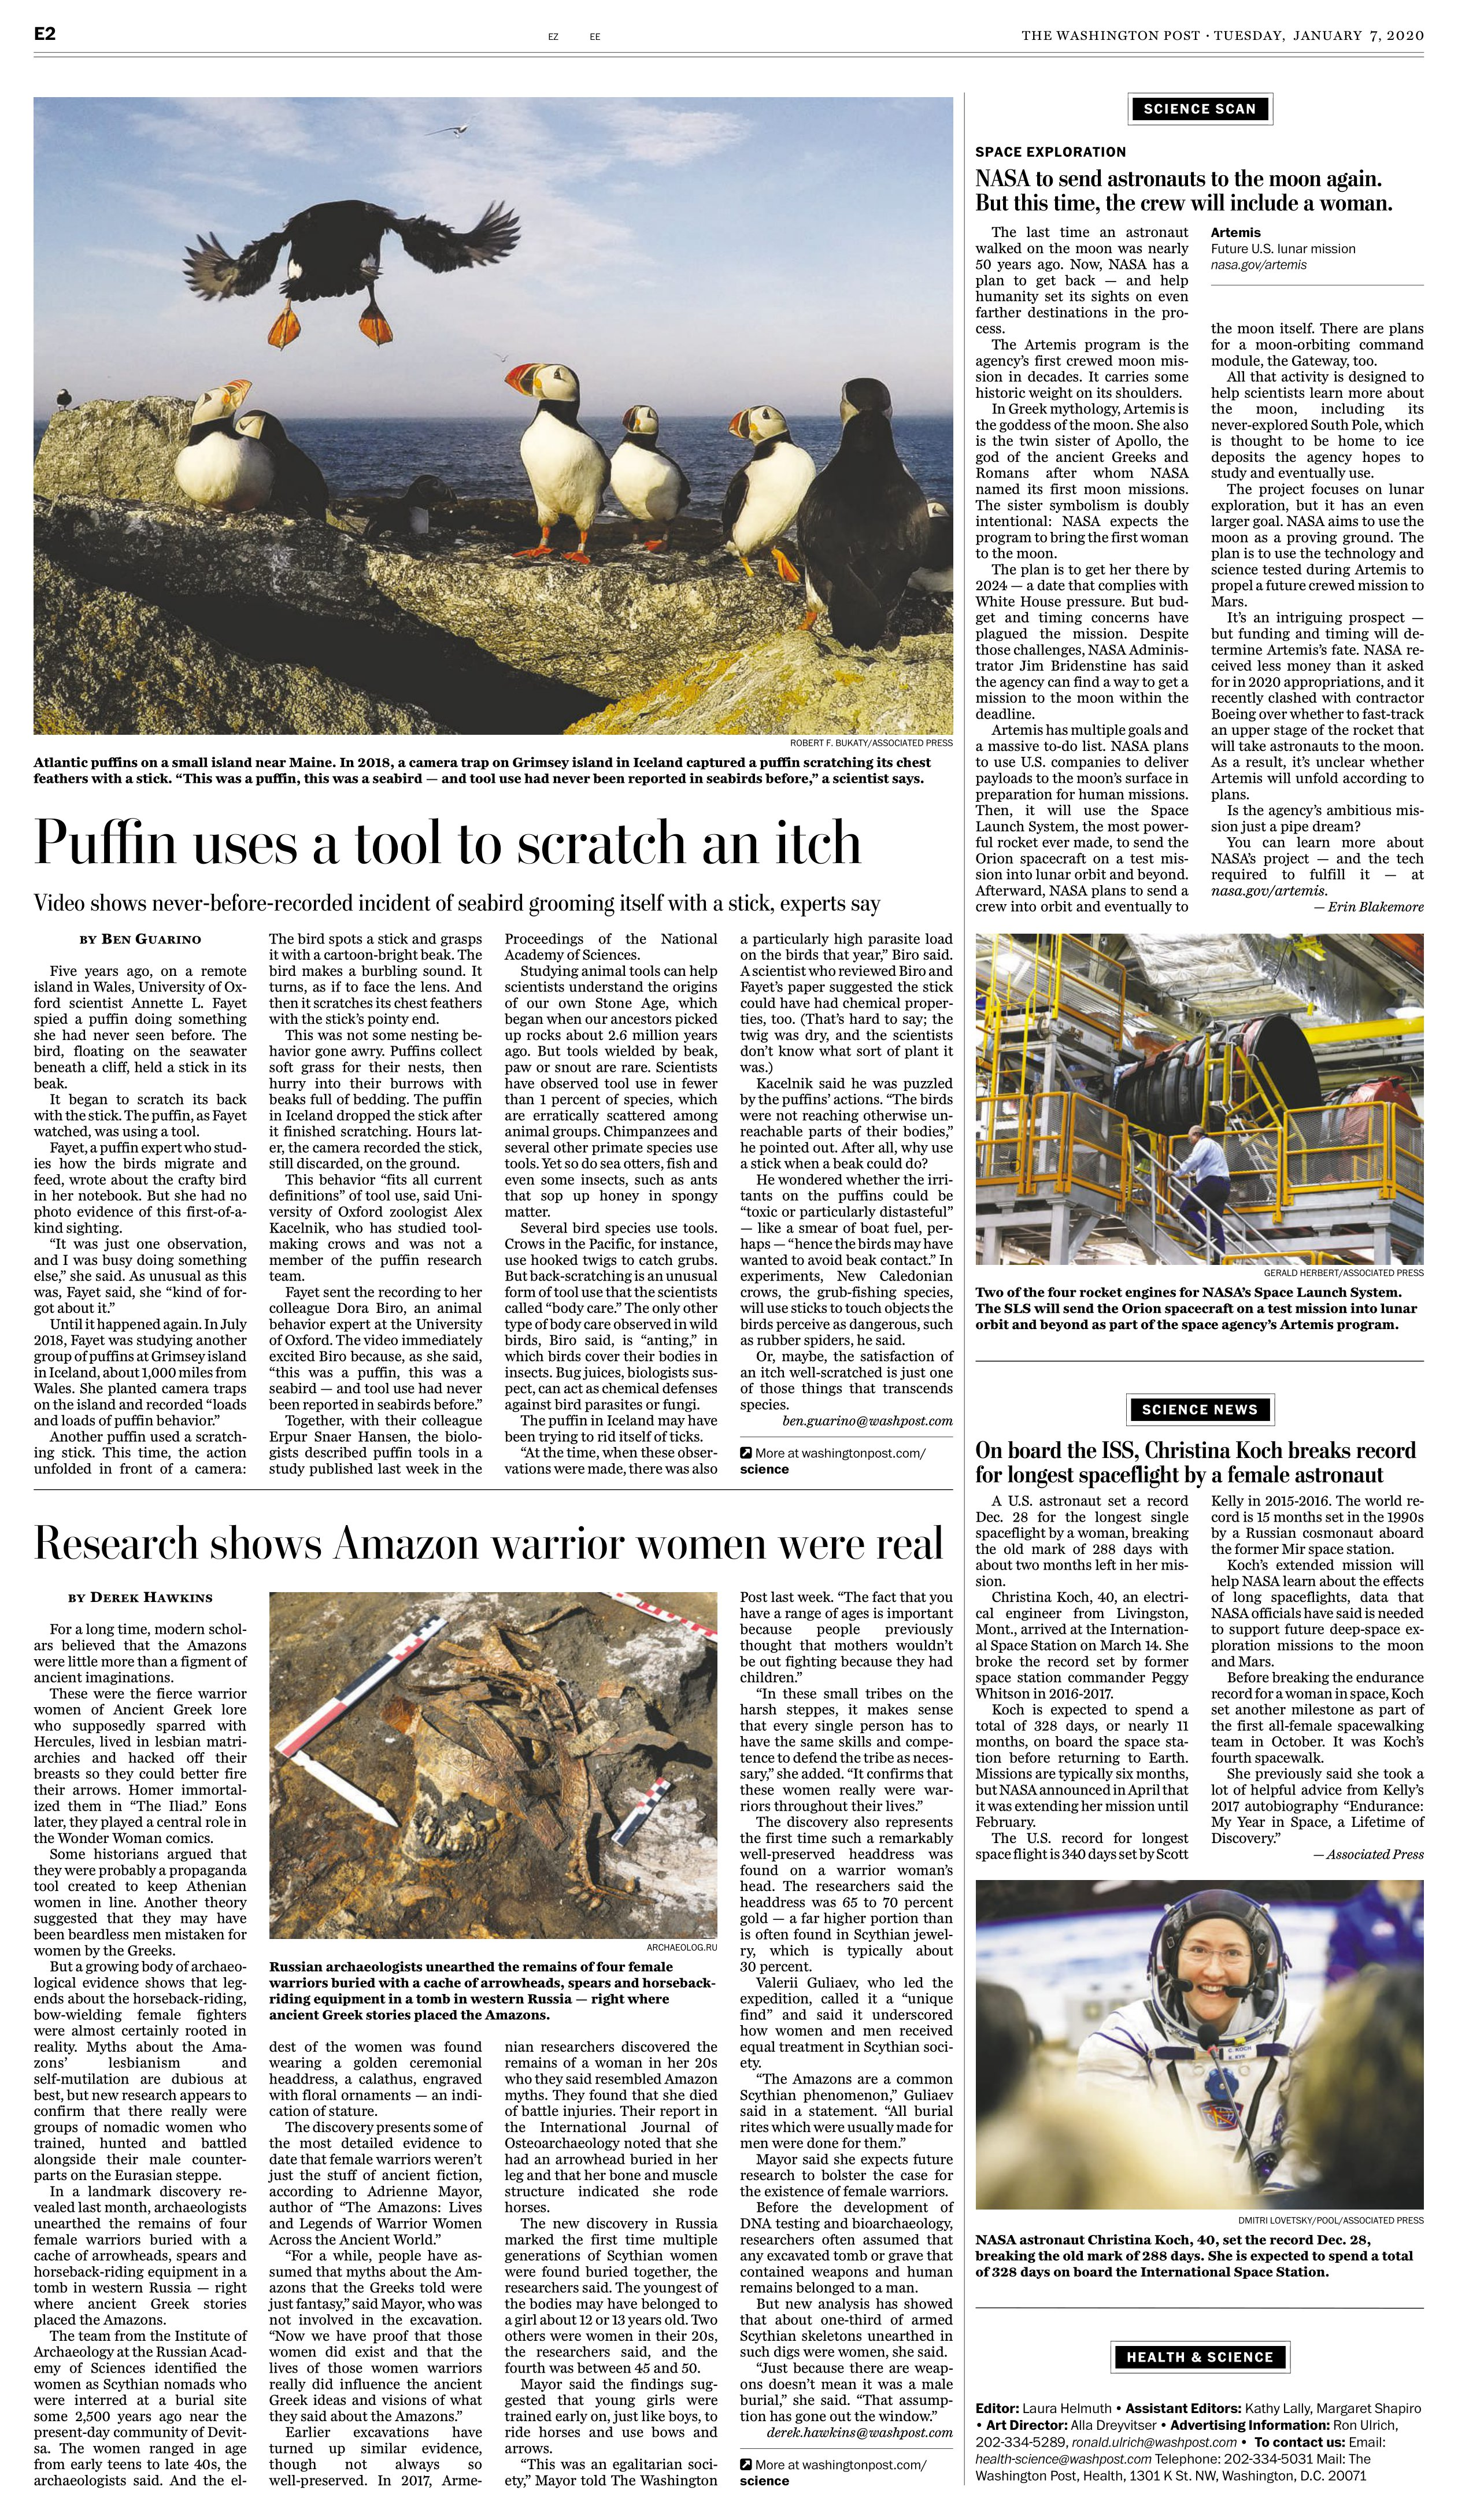
Language: en